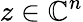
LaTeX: z\in\mathbb{C}^{n}